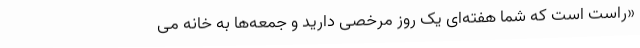
«راست است که شما هفته‌ای یک روز مرخصی دارید و جمعه‌ها به خانه می‌